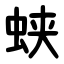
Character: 蛱